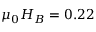
\mu _ { 0 } H _ { B } = 0 . 2 2